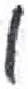
אות: ו